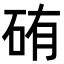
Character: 𥑿